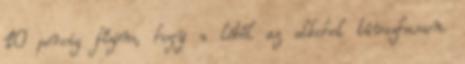
10 percig főzöm, hogy a léből az alkohol távozhasson.